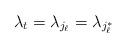
LaTeX: \begin{align*}\lambda_t = \lambda_{j_\ell} = \lambda_{j_\ell^*}\end{align*}